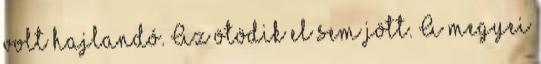
volt hajlandó. Az ötödik el sem jött. A megyei